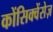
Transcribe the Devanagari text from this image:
कोंसिक्वेंसेज़